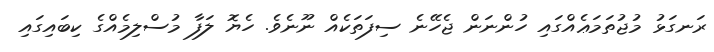
ރަނގަޅު މުޖުތަމަޢެއްގައި ހުންނަން ޖެހޭނެ ސިފަތަކެއް ނޫނެވެ. ހެޔޮ ލަފާ މުސްލިމެއްގެ ކިބައިގައި